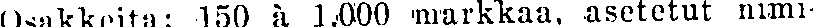
Osakkeita: 150 à 1,000 markkaa, asetetut nimi-